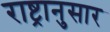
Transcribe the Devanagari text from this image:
राष्ट्रानुसार